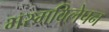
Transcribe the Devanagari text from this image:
भस्मविलेपन